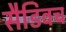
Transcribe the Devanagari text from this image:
सैडिवच